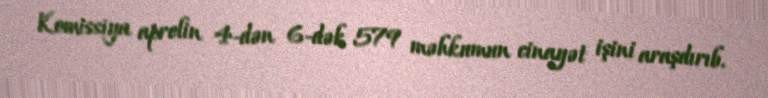
Komissiya aprelin 4-dən 6-dək 579 məhkumun cinayət işini araşdırıb.